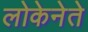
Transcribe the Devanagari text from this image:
लोकेनेते